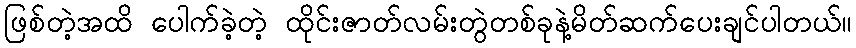
ဖြစ်တဲ့အထိ ပေါက်ခဲ့တဲ့ ထိုင်းဇာတ်လမ်းတွဲတစ်ခုနဲ့မိတ်ဆက်ပေးချင်ပါတယ်။